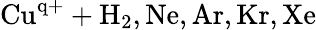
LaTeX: \mathrm{Cu^{q+}+H_{2},Ne,Ar,Kr,Xe}